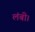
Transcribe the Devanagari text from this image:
लंबी।